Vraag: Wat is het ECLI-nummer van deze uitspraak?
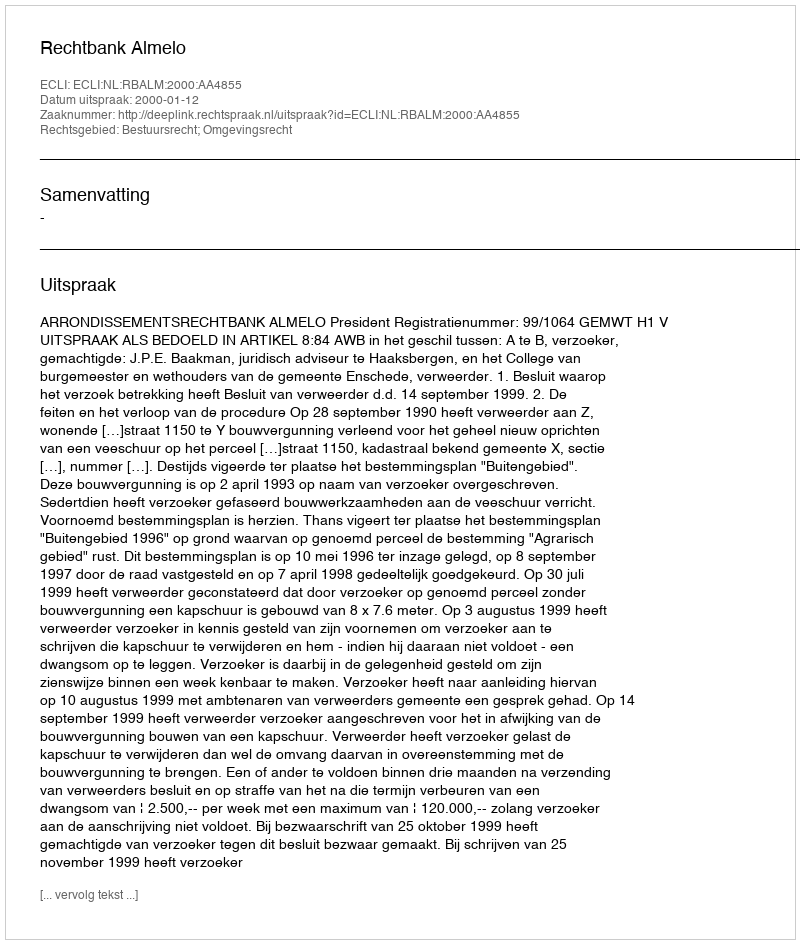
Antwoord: ECLI:NL:RBALM:2000:AA4855